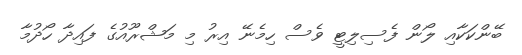
ބޭންކަކާއި ލޯން ފެސިލިޓީ ވެސް ހިމެނޭ އިރު މި މަޝްރޫއުގެ ފައިދާ ހޯދުމާ